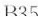
B35